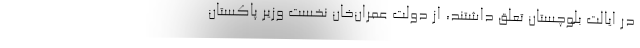
در ایالت بلوچستان تعلق داشتند، از دولت عمران‌خان نخست وزیر پاکستان